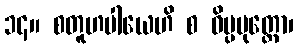
၁၄။ စတူဟပါယေဟိ စ ဝိပ္ပမုတ္တော၊